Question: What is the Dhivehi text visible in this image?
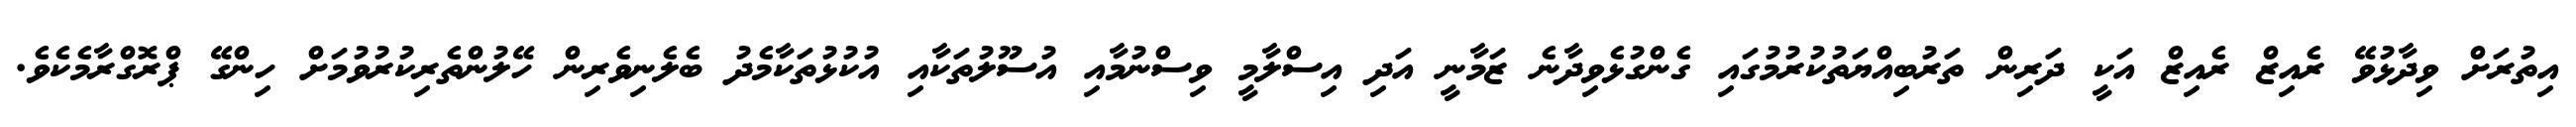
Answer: އިތުރަށް ވިދާޅުވޭ ރެއިޒް ރެއިޒް އަކީ ދަރިން ތަރުބިއްޔަތުކުރުމުގައި ގެންގުޅެވިދާނެ ޒަމާނީ އަދި އިސްލާމީ ވިސްނުމާއި އުސޫލުތަކާއި އުކުޅުތަކާމެދު ބެލެނިވެރިން ހޭލުންތެރިކުރުވުމަށް ހިންގޭ ޕްރޮގްރާމެކެވެ.